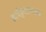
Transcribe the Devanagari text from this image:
कार्यकुशलताओं